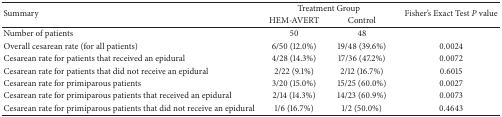
| <ROWSPAN=2> Summary | <COLSPAN=2> Treatment Group | <ROWSPAN=2> Fisher's Exact Test P value |
 | HEM-AVERT | Control |
 | --- | --- | --- | --- |
 | Number of patients | 50 | 48 |  |
 | Overall cesarean rate (for all patients) | 6/50 (12.0%) | 19/48 (39.6%) | 0.0024 |
 | Cesarean rate for patients that received an epidural | 4/28 (14.3%) | 17/36 (47.2%) | 0.0072 |
 | Cesarean rate for patients that did not receive an epidural | 2/22 (9.1%) | 2/12 (16.7%) | 0.6015 |
 | Cesarean rate for primiparous patients | 3/20 (15.0%) | 15/25 (60.0%) | 0.0027 |
 | Cesarean rate for primiparous patients that received an epidural | 2/14 (14.3%) | 14/23 (60.9%) | 0.0073 |
 | Cesarean rate for primiparous patients that did not receive an epidural | 1/6 (16.7%) | 1/2 (50.0%) | 0.4643 |